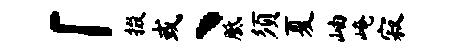
「掇或丶胝须夏岫崦寂